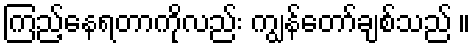
ကြည့်နေရတာကိုလည်း ကျွန်တော်ချစ်သည် ။